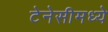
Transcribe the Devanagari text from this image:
टेनेसीमध्ये